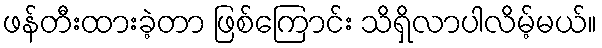
ဖန်တီးထားခဲ့တာ ဖြစ်ကြောင်း သိရှိလာပါလိမ့်မယ်။